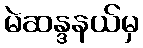
မဲဆန္ဒနယ်မှ